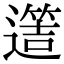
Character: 𨗡